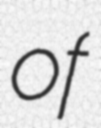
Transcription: of